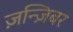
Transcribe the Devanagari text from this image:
ज़न्ज़िबर